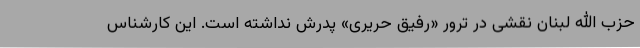
حزب الله لبنان نقشی در ترور «رفیق حریری» پدرش نداشته است. این کارشناس